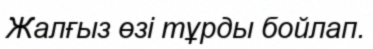
Жалғыз өзі тұрды бойлап.